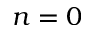
n = 0